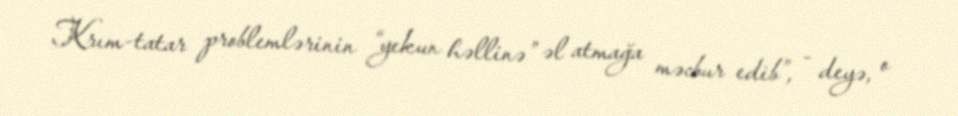
Krım-tatar problemlərinin “yekun həllinə” əl atmağa məcbur edib”, - deyə, o